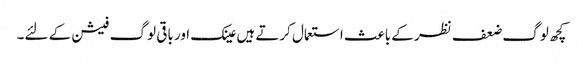
کچھ لوگ ضعف نظر کے باعث استعمال کرتے ہیں عینک اور باقی لوگ فیشن کے لئے۔